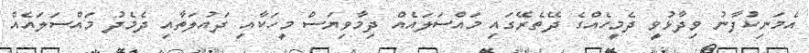
އެމަނިކުފާނު ވިދާޅުވީ ދެމީހެއްގެ ދޭތެރޭގައިި މައްސަލައެއް ދިމާވިޔަސް މީހަކާއި ދައުލަތާއި ދެމެދު މައްސަލައެއް